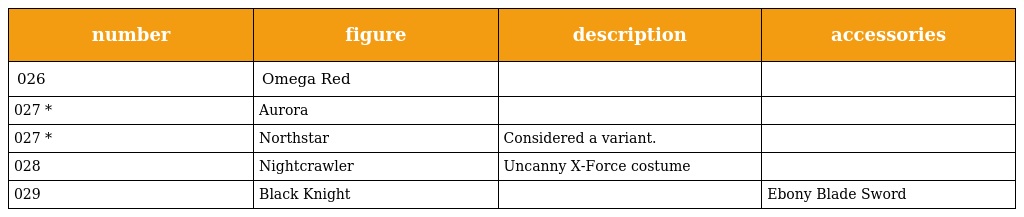
| number | figure | description | accessories |
 | --- | --- | --- | --- |
 | 026 | Omega Red |  |  |
 | 027 * | Aurora |  |  |
 | 027 * | Northstar | Considered a variant. |  |
 | 028 | Nightcrawler | Uncanny X-Force costume |  |
 | 029 | Black Knight |  | Ebony Blade Sword |